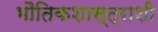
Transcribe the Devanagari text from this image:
भौतिकशास्त्राशी